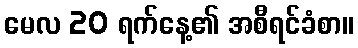
မေလ 20 ရက်နေ့၏ အစီရင်ခံစာ။